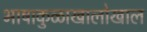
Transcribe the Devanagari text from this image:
भाषाकुळाखालोखाल